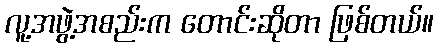
လူ့အဖွဲ့အစည်းက တောင်းဆိုတာ ဖြစ်တယ်။